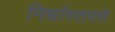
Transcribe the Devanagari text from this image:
निर्धास्तपणे